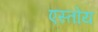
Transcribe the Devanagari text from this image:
एस्तोय